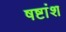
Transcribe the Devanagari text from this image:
षष्टांश